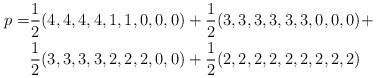
LaTeX: \begin{align*}p =& \frac12(4,4,4,4,1,1,0,0,0) +\frac12 (3,3,3,3,3,3,0,0,0) + \\&\frac12 (3,3,3,3,2,2,2,0,0) + \frac12 (2,2,2,2,2,2,2,2,2)\end{align*}